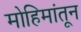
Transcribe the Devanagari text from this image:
मोहिमांतून